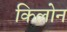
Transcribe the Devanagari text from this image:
किलोन